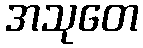
အသုတေ